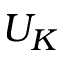
U _ { K }